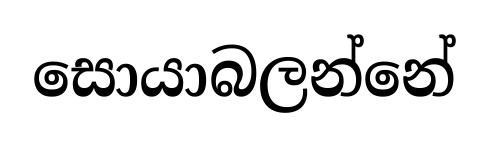
සොයාබලන්නේ